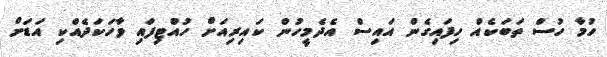
ހުމާ ހުސް ތަބަކެއް ހިފައިގެން އައިސް އެދެމީހުން ކައިރިއަށް ހުއްޓިފައި ވާހަކަދެއްކި އަޑަށް